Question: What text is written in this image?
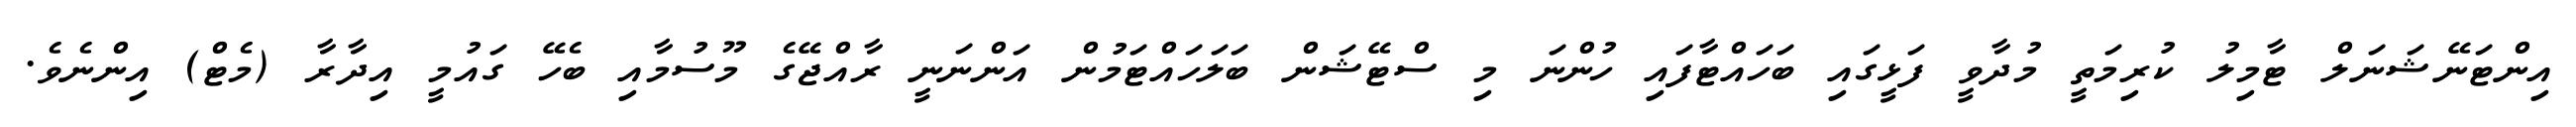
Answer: އިންޓަނޭޝަނަލް ޓާމިލު ކުރިމަތީ މުދާވީ ފަޅީގައި ބަހައްޓާފައި ހުންނަ މި ސްޓޭޝަން ބަލަހައްޓަމުން އަންނަނީ ރާއްޖޭގެ މޫސުމާއި ބެހޭ ގައުމީ އިދާރާ (މެޓް) އިންނެވެ.